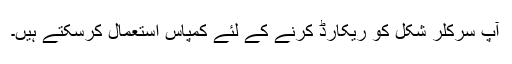
آپ سرکلر شکل کو ریکارڈ کرنے کے لئے کمپاس استعمال کرسکتے ہیں۔